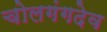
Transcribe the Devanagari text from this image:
चोलगंगदेव